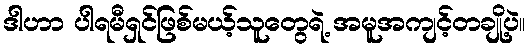
ဒါဟာ ပါရမီရှင်ဖြစ်မယ့်သူတွေရဲ့ အမူအကျင့်တချို့ပဲ။